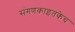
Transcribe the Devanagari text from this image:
संगणकाइतकेच